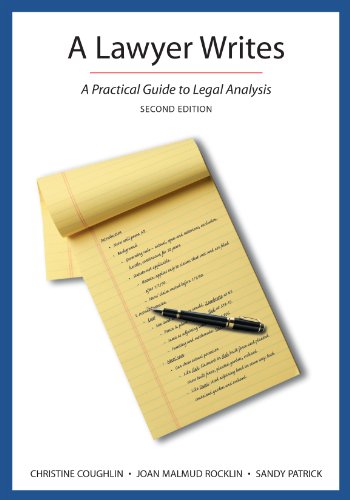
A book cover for A Lawyer Writes: A Practical Guide to Legal Analysis, Second Edition; Christine Coughlin; Law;